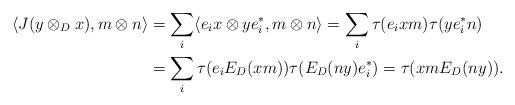
LaTeX: \begin{align*}\langle J(y\otimes_D x), m\otimes n\rangle&= \sum_i \langle e_ix\otimes ye_i^*,m\otimes n\rangle=\sum_i\tau(e_ixm)\tau( ye_i^*n)\\&=\sum_i\tau(e_iE_D(xm))\tau( E_D(ny)e_i^*)=\tau(xm E_D(ny)).\end{align*}